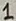
Text: 1